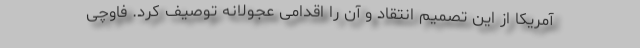
آمریکا از این تصمیم انتقاد و آن را اقدامی عجولانه توصیف کرد. فاوچی